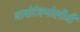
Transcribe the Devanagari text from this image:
बायोटेक्नोलौजी